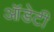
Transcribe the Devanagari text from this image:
ऑडेटी